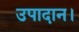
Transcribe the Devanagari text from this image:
उपादान।